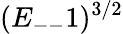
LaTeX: (E_{--}1)^{3/2}